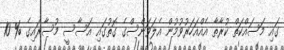
ގައި މަސައްކަތް ކުރާތާ އެއްއަހަރުވުމުން އެލަވަންސްގެ ގޮތުގައި އަސާސީ މުސާރައިގެ % 10